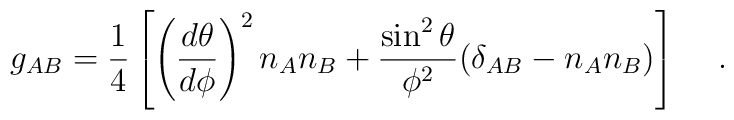
g_{AB} = {1 \over 4}\left[\left({d\theta \over d\phi}\right)^2 n_A n_B +{\sin^2\theta\over\phi^2} (\delta_{AB} - n_A n_B) \right] \hskip0.5 cm .